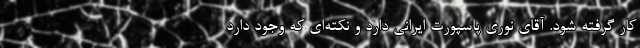
کار گرفته شود. آقای نوری پاسپورت ایرانی دارد و نکته‌ای که وجود دارد